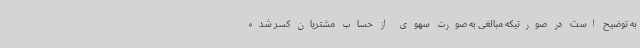
به توضیح است در صورتیکه مبالغی به صورت سهوی از حساب مشتریان کسر شده